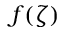
f ( \zeta )